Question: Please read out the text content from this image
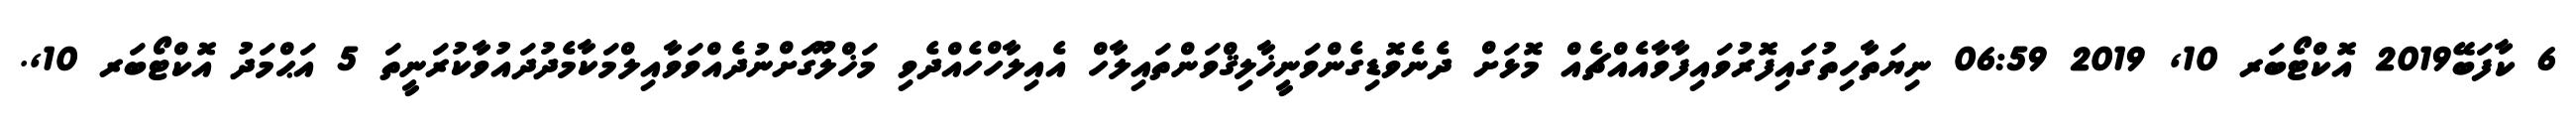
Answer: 6 ކާފަބޭ2019 އޮކްޓޯބަރ 10, 2019 06:59 ނިޔަތާހިތުގައިފޮރުވައިފާވާއެއްޗެއް މޮޅަށް ދެނެވޮޑިގެންވަނީޚާލިޤްވަންތައިލާހް އެއިލާހްހެއްދެވި މަޚްލޫގަށްނުދެއްވަވާއިލްމަކާމެދުދައުވާކުރަނީތަ 5 އަޙްމަދު އޮކްޓޯބަރ 10,.